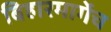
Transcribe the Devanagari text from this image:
बिहारमार्गेच